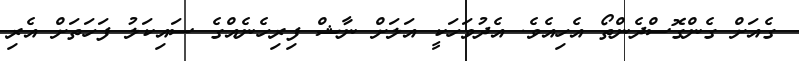
ގެއަށް ގެންގޮސްދެންތޯ އެހިއެވެ. އެދުވަހަކީ އަލަށް ނާޝް ފިރިހެނެއްގެ ސައިކަލު ފަހަތަށް އެރި